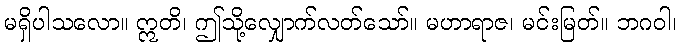
မရှိပါသလော။ ဣတိ၊ ဤသို့လျှောက်လတ်သော်။ မဟာရာဇ၊ မင်းမြတ်။ ဘဂဝါ၊